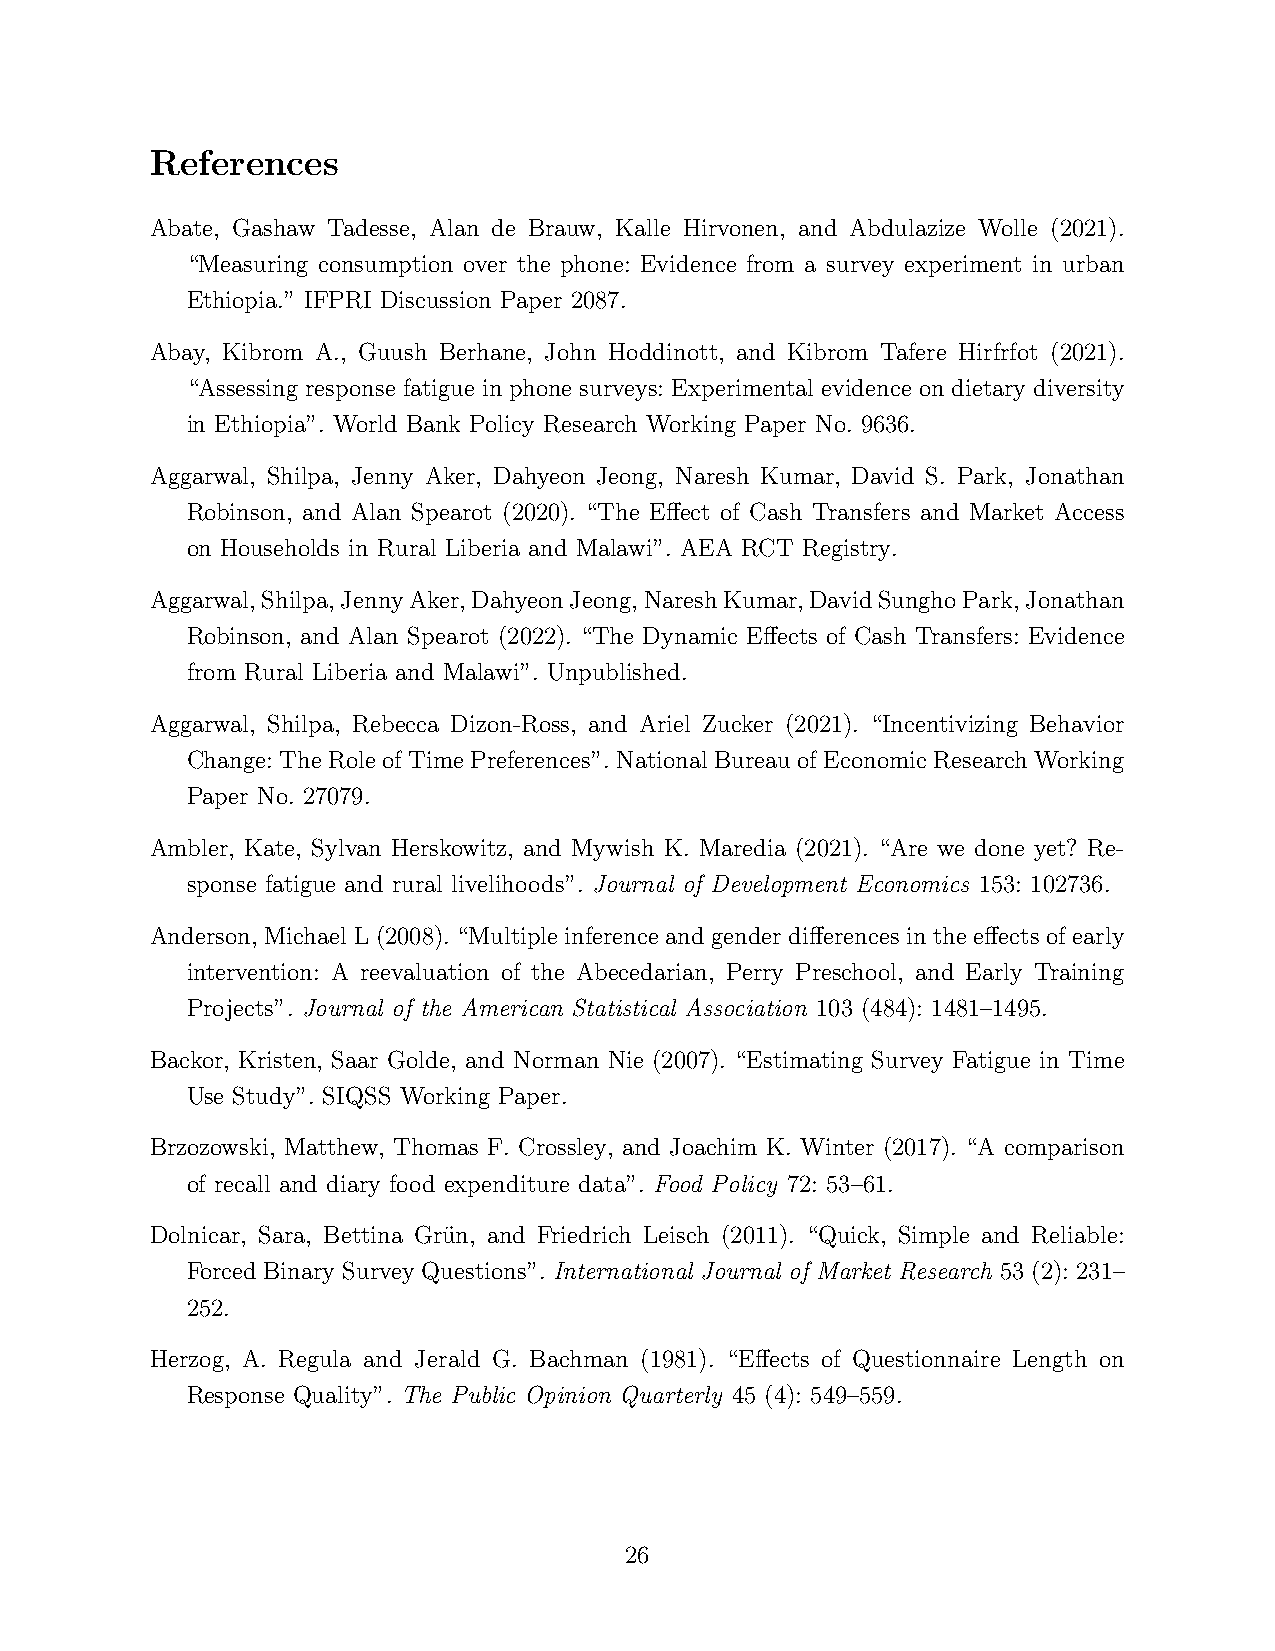
References
 Abate, Gashaw Tadesse, Alan de Brauw, Kalle Hirvonen, and Abdulazize Wolle (2021).
 “Measuring consumption over the phone: Evidence from a survey experiment in urban
 Ethiopia.” IFPRI Discussion Paper 2087.
 Abay, Kibrom A., Guush Berhane, John Hoddinott, and Kibrom Tafere Hirfrfot (2021).
 “Assessing response fatigue in phone surveys: Experimental evidence on dietary diversity
 in Ethiopia”. World Bank Policy Research Working Paper No. 9636.
 Aggarwal, Shilpa, Jenny Aker, Dahyeon Jeong, Naresh Kumar, David S. Park, Jonathan
 Robinson, and Alan Spearot (2020). “The Effect of Cash Transfers and Market Access
 on Households in Rural Liberia and Malawi”. AEA RCT Registry.
 Aggarwal,Shilpa,JennyAker,DahyeonJeong,NareshKumar,DavidSunghoPark,Jonathan
 Robinson, and Alan Spearot (2022). “The Dynamic Effects of Cash Transfers: Evidence
 from Rural Liberia and Malawi”. Unpublished.
 Aggarwal, Shilpa, Rebecca Dizon-Ross, and Ariel Zucker (2021). “Incentivizing Behavior
 Change: The Role of Time Preferences”. National Bureau of Economic Research Working
 Paper No. 27079.
 Ambler, Kate, Sylvan Herskowitz, and Mywish K. Maredia (2021). “Are we done yet? Re-
 sponse fatigue and rural livelihoods”. Journal of Development Economics 153: 102736.
 Anderson, Michael L (2008). “Multiple inference and gender differences in the effects of early
 intervention: A reevaluation of the Abecedarian, Perry Preschool, and Early Training
 Projects”. Journal of the American Statistical Association 103 (484): 1481–1495.
 Backor, Kristen, Saar Golde, and Norman Nie (2007). “Estimating Survey Fatigue in Time
 Use Study”. SIQSS Working Paper.
 Brzozowski, Matthew, Thomas F. Crossley, and Joachim K. Winter (2017). “A comparison
 of recall and diary food expenditure data”. Food Policy 72: 53–61.
 Dolnicar, Sara, Bettina Gru¨n, and Friedrich Leisch (2011). “Quick, Simple and Reliable:
 Forced Binary Survey Questions”. International Journal of Market Research 53 (2): 231–
 252.
 Herzog, A. Regula and Jerald G. Bachman (1981). “Effects of Questionnaire Length on
 Response Quality”. The Public Opinion Quarterly 45 (4): 549–559.
 26